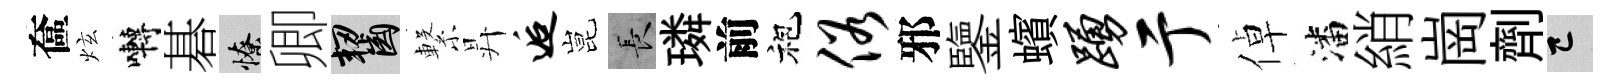
奩炫囀碁憭卿齧繋昇逅昆长璘前袍俗邪鑒蠙踊亍倬潘綃崗劑巳